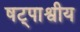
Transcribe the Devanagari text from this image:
षट्पाश्वीय